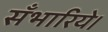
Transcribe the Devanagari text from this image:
सँभारिये।